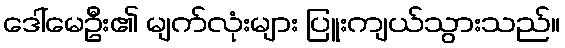
ဒေါ်မေဦး၏ မျက်လုံးများ ပြူးကျယ်သွားသည်။